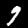
Digit: 9